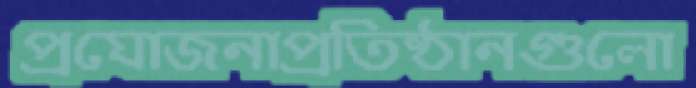
প্রযোজনাপ্রতিষ্ঠানগুলো